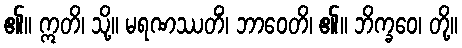
၏။ ဣတိ၊ သို့။ မရဏဿတိံ၊ ဘာဝေတိ၊ ၏။ ဘိက္ခဝေ၊ တို့။